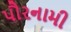
પૌરનામી